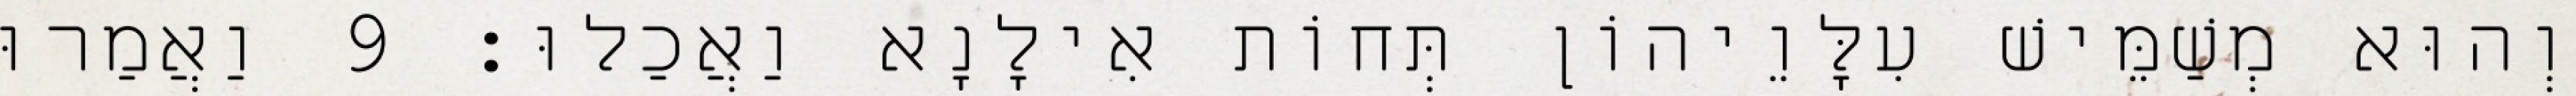
וְהוּא מְשַׁמֵּישׁ עִלָּוֵיהוֹן תְּחוֹת אִילָנָא וַאֲכַלוּ׃ 9 וַאֲמַרוּ